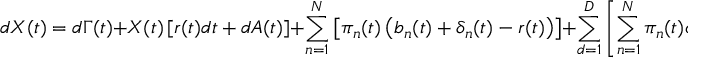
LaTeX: d X ( t ) = d \Gamma ( t ) + X ( t ) \left[ r ( t ) d t + d A ( t ) \right] + \sum _ { n = 1 } ^ { N } \left[ \pi _ { n } ( t ) \left( b _ { n } ( t ) + \delta _ { n } ( t ) - r ( t ) \right) \right] + \sum _ { d = 1 } ^ { D } \left[ \sum _ { n = 1 } ^ { N } \pi _ { n } ( t ) \sigma _ { n , d } ( t ) \right] d W _ { d } ( t )